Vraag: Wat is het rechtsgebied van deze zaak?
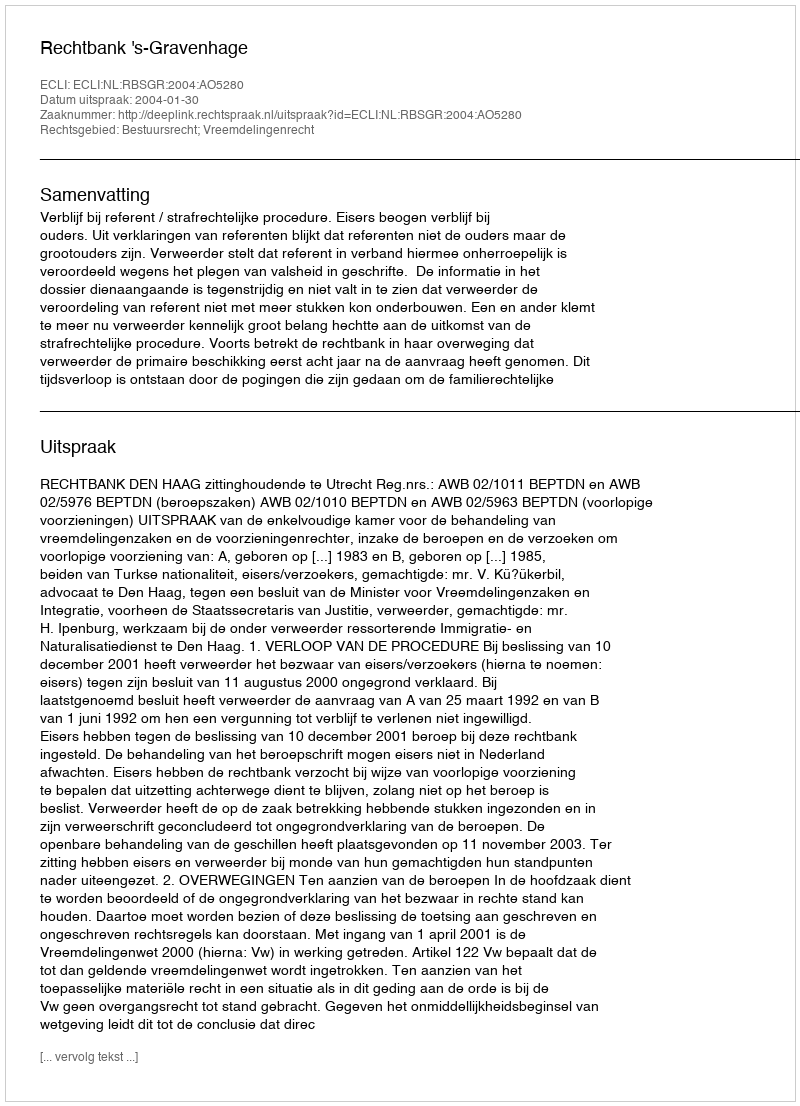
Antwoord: Bestuursrecht; Vreemdelingenrecht